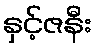
နှင့်ဇနီး